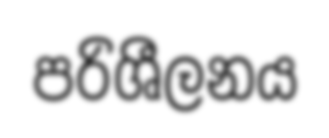
පරිශීලනය